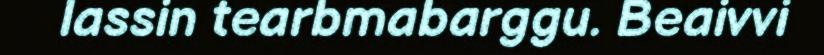
lassin tearbmabarggu. Beaivvi